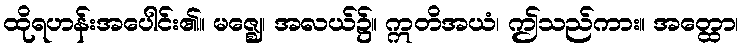
ထိုရဟန်းအပေါင်း၏။ မဇ္ဈေ၊ အလယ်၌။ ဣတိအယံ၊ ဤသည်ကား။ အတ္ထော၊